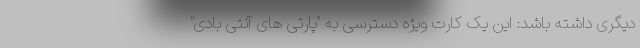
دیگری داشته باشد: این یک کارت ویژه دسترسی به "پارتی های آنتی بادی"